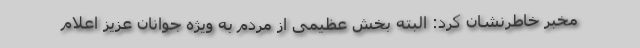
مخبر خاطرنشان کرد: البته بخش عظیمی از مردم به ویژه جوانان عزیز اعلام